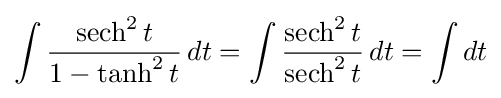
\int {\frac {\operatorname {sech} ^{2}t}{1-\tanh ^{2}t}}\,dt=\int {\frac {\operatorname {sech} ^{2}t}{\operatorname {sech} ^{2}t}}\,dt=\int dt